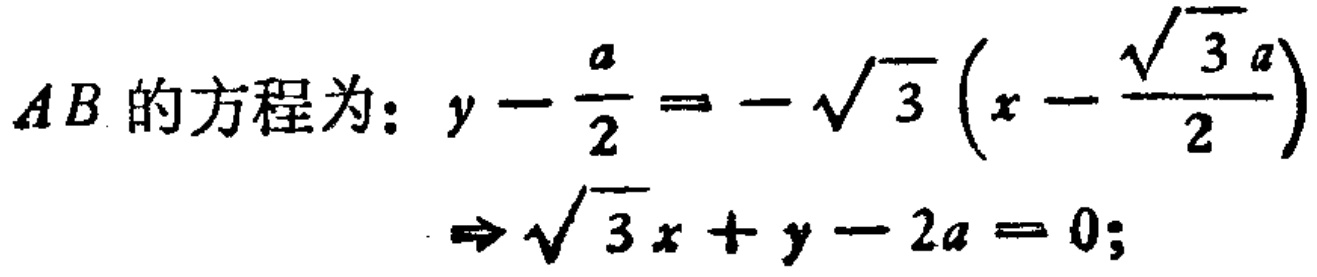
$AB的方程为：y - \frac{a}{2} = - \sqrt{3} \left(x - \frac{\sqrt{3}a}{2}\right) \\
\Rightarrow \sqrt{3}x + y - 2a = 0;$